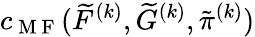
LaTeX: c_{\mathrm{~M~F~}}(\widetilde{F}^{(k)},\widetilde{G}^{(k)},\tilde{\pi}^{(k)})